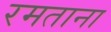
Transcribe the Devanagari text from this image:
रमताना